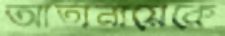
আতানায়েকে